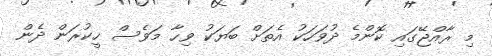
މި ރާއްޖޭގައި ކޮންމެ ދުވަހަކު އެތަށް ބަޔަކު ވިހާ މަވެސް ހީކުރަން ދެން